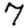
Digit: 7